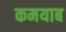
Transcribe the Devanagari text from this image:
कमयाब